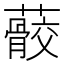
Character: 䕧